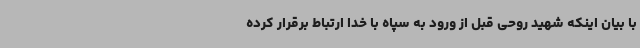
با بیان اینکه شهید روحی قبل از ورود به سپاه با خدا ارتباط برقرار کرده